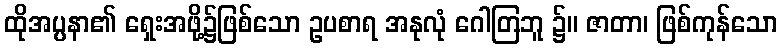
ထိုအပ္ပနာ၏ ရှေးအဖို့၌ဖြစ်သော ဥပစာရ အနုလုံ ဂေါတြဘူ ၌။ ဇာတာ၊ ဖြစ်ကုန်သော